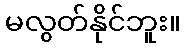
မလွတ်နိုင်ဘူး။